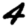
Digit: 4